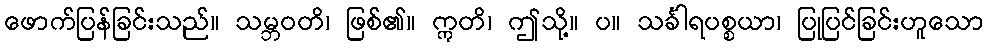
ဖောက်ပြန်ခြင်းသည်။ သမ္ဘဝတိ၊ ဖြစ်၏။ ဣတိ၊ ဤသို့။ ပ။ သင်္ခါရပစ္စယာ၊ ပြုပြင်ခြင်းဟူသော